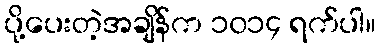
ပို့ပေးတဲ့အချိန်က ၁၀၁၄ ရက်ပါ။